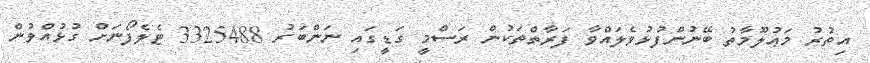
އިތުރު މަޢުލޫމާތު ބޭނުންފުޅުވެލައްވާ ފަރާތްތަކުން ރަސްމީ ގަޑީގައި ނަންބަރު 3325488 ޓެލެފޯނަށް ގުޅުއްވުން